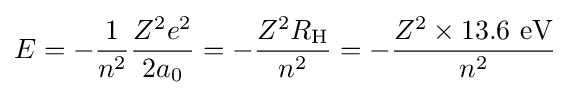
E=-{\frac {1}{n^{2}}}{\frac {Z^{2}e^{2}}{2a_{0}}}=-{\frac {Z^{2}R_{\text{H}}}{n^{2}}}=-{\frac {Z^{2}\times \mathrm {13.6\ eV} }{n^{2}}}